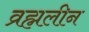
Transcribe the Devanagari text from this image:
व्रह्मलीन